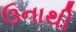
ઉનાથી